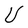
Character: U